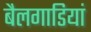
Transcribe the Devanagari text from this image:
बैलगाडियां